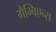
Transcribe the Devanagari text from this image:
गैम्बिएन्स